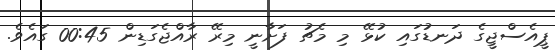
ޕީއެސްޖީގެ ދަނޑުގައި ކުޅޭ މި މެޗު ފަށާނީ މިރޭ ރާއްޖެގަޑިން 00:45 ގައެވެ.